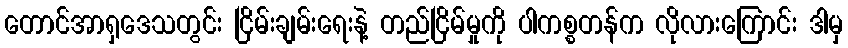
တောင်အာရှဒေသတွင်း ငြိမ်းချမ်းရေးနဲ့ တည်ငြိမ်မှုကို ပါကစ္စတန်က လိုလားကြောင်း ဒါမှ